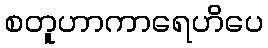
စတူဟာကာရေဟိပေ